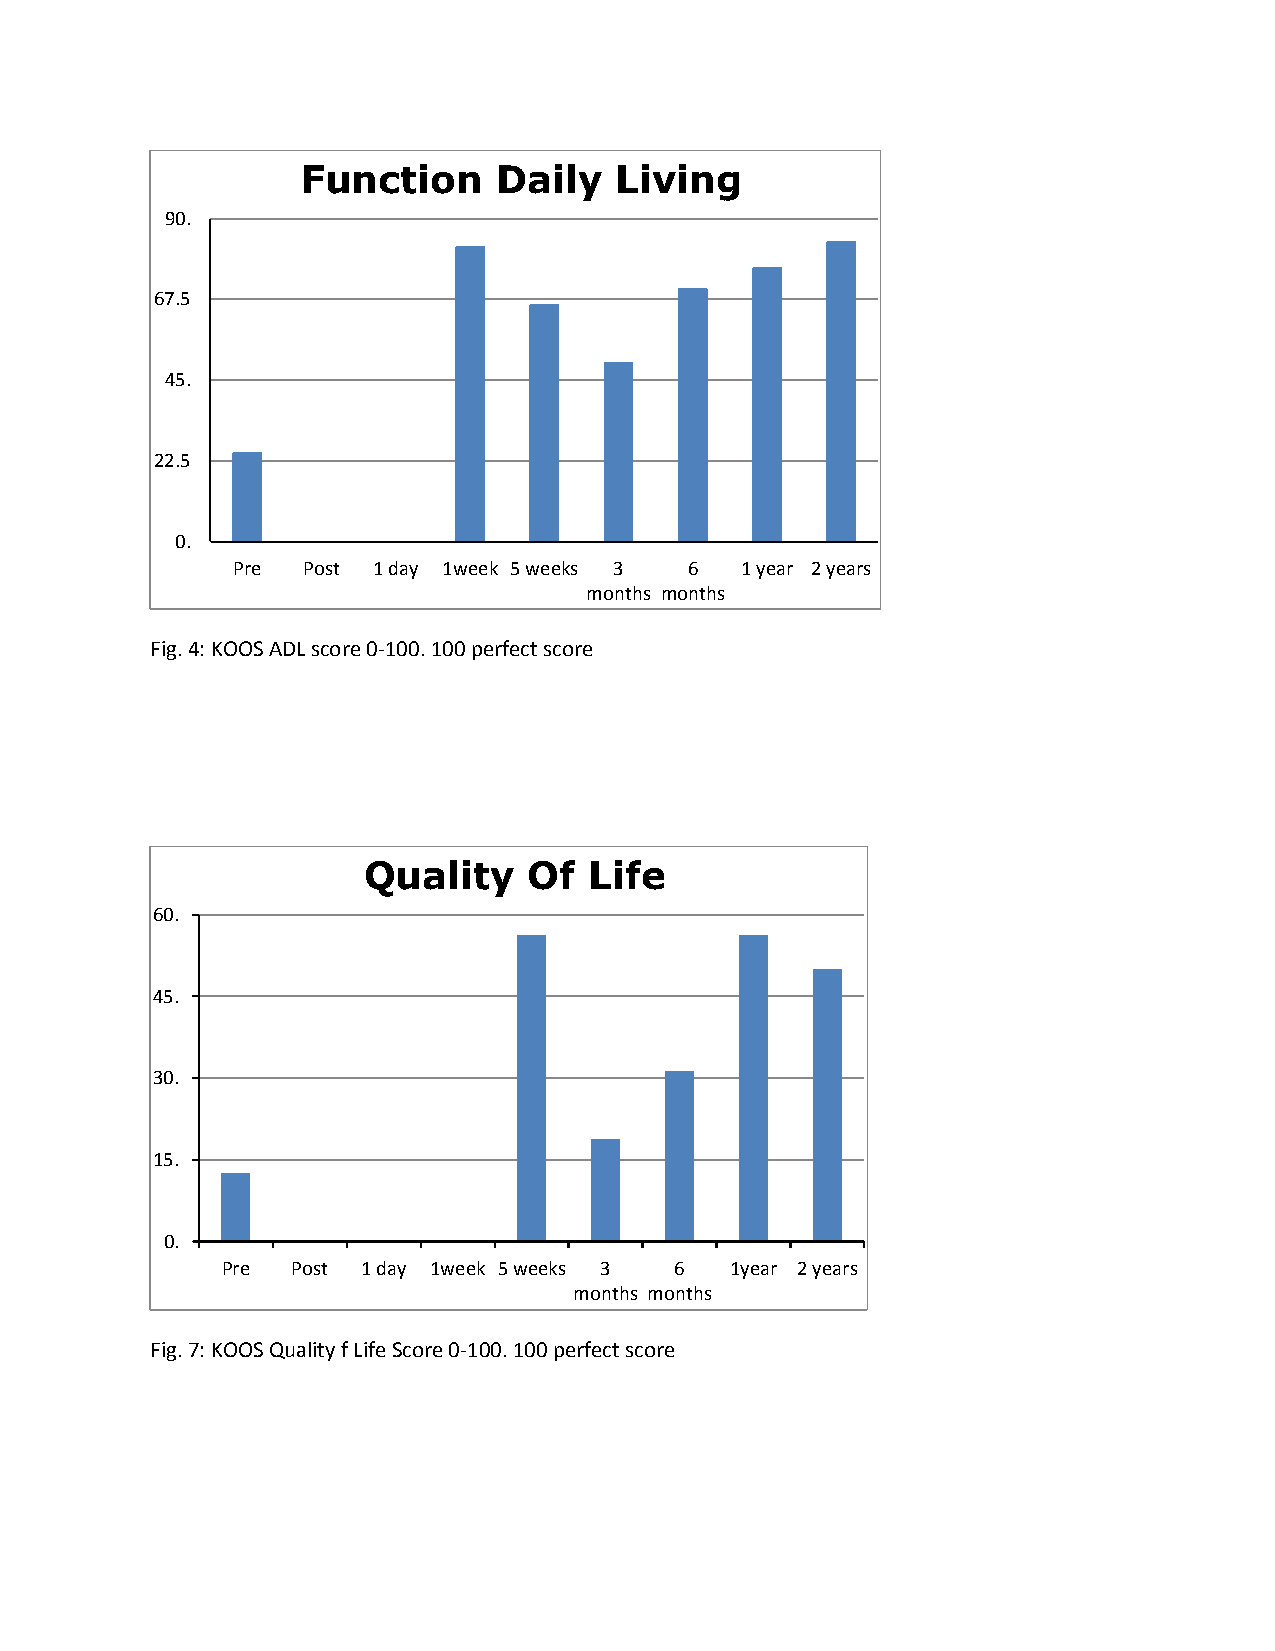
Function     Daily   Living
 90.
 67.5
 45.
 22.5
 0.
 Pre  Post 1 day 1week 5 weeks 3 6 1 year 2 years
 months months
 Fig. 4: KOOS ADL score 0-100. 100 perfect score
 Quality    Of  Life
 60.
 45.
 30.
 15.
 0.
 Pre Post 1 day 1week 5 weeks 3 6 1year 2 years
 months months
 Fig. 7: KOOS Quality f Life Score 0-100. 100 perfect score